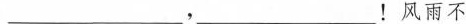
___，___！风雨不